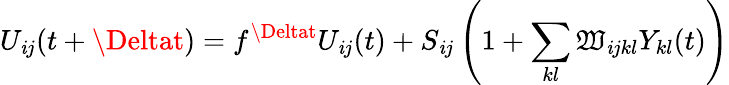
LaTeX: U_{\mathit{i}j}(t+\Deltat)=f^{\Deltat}U_{\mathit{i}j}(t)+S_{\mathit{i}j}\left(1+\sum_{kl}\mathfrak{W}_{\mathit{i}jkl}Y_{kl}(t)\right)